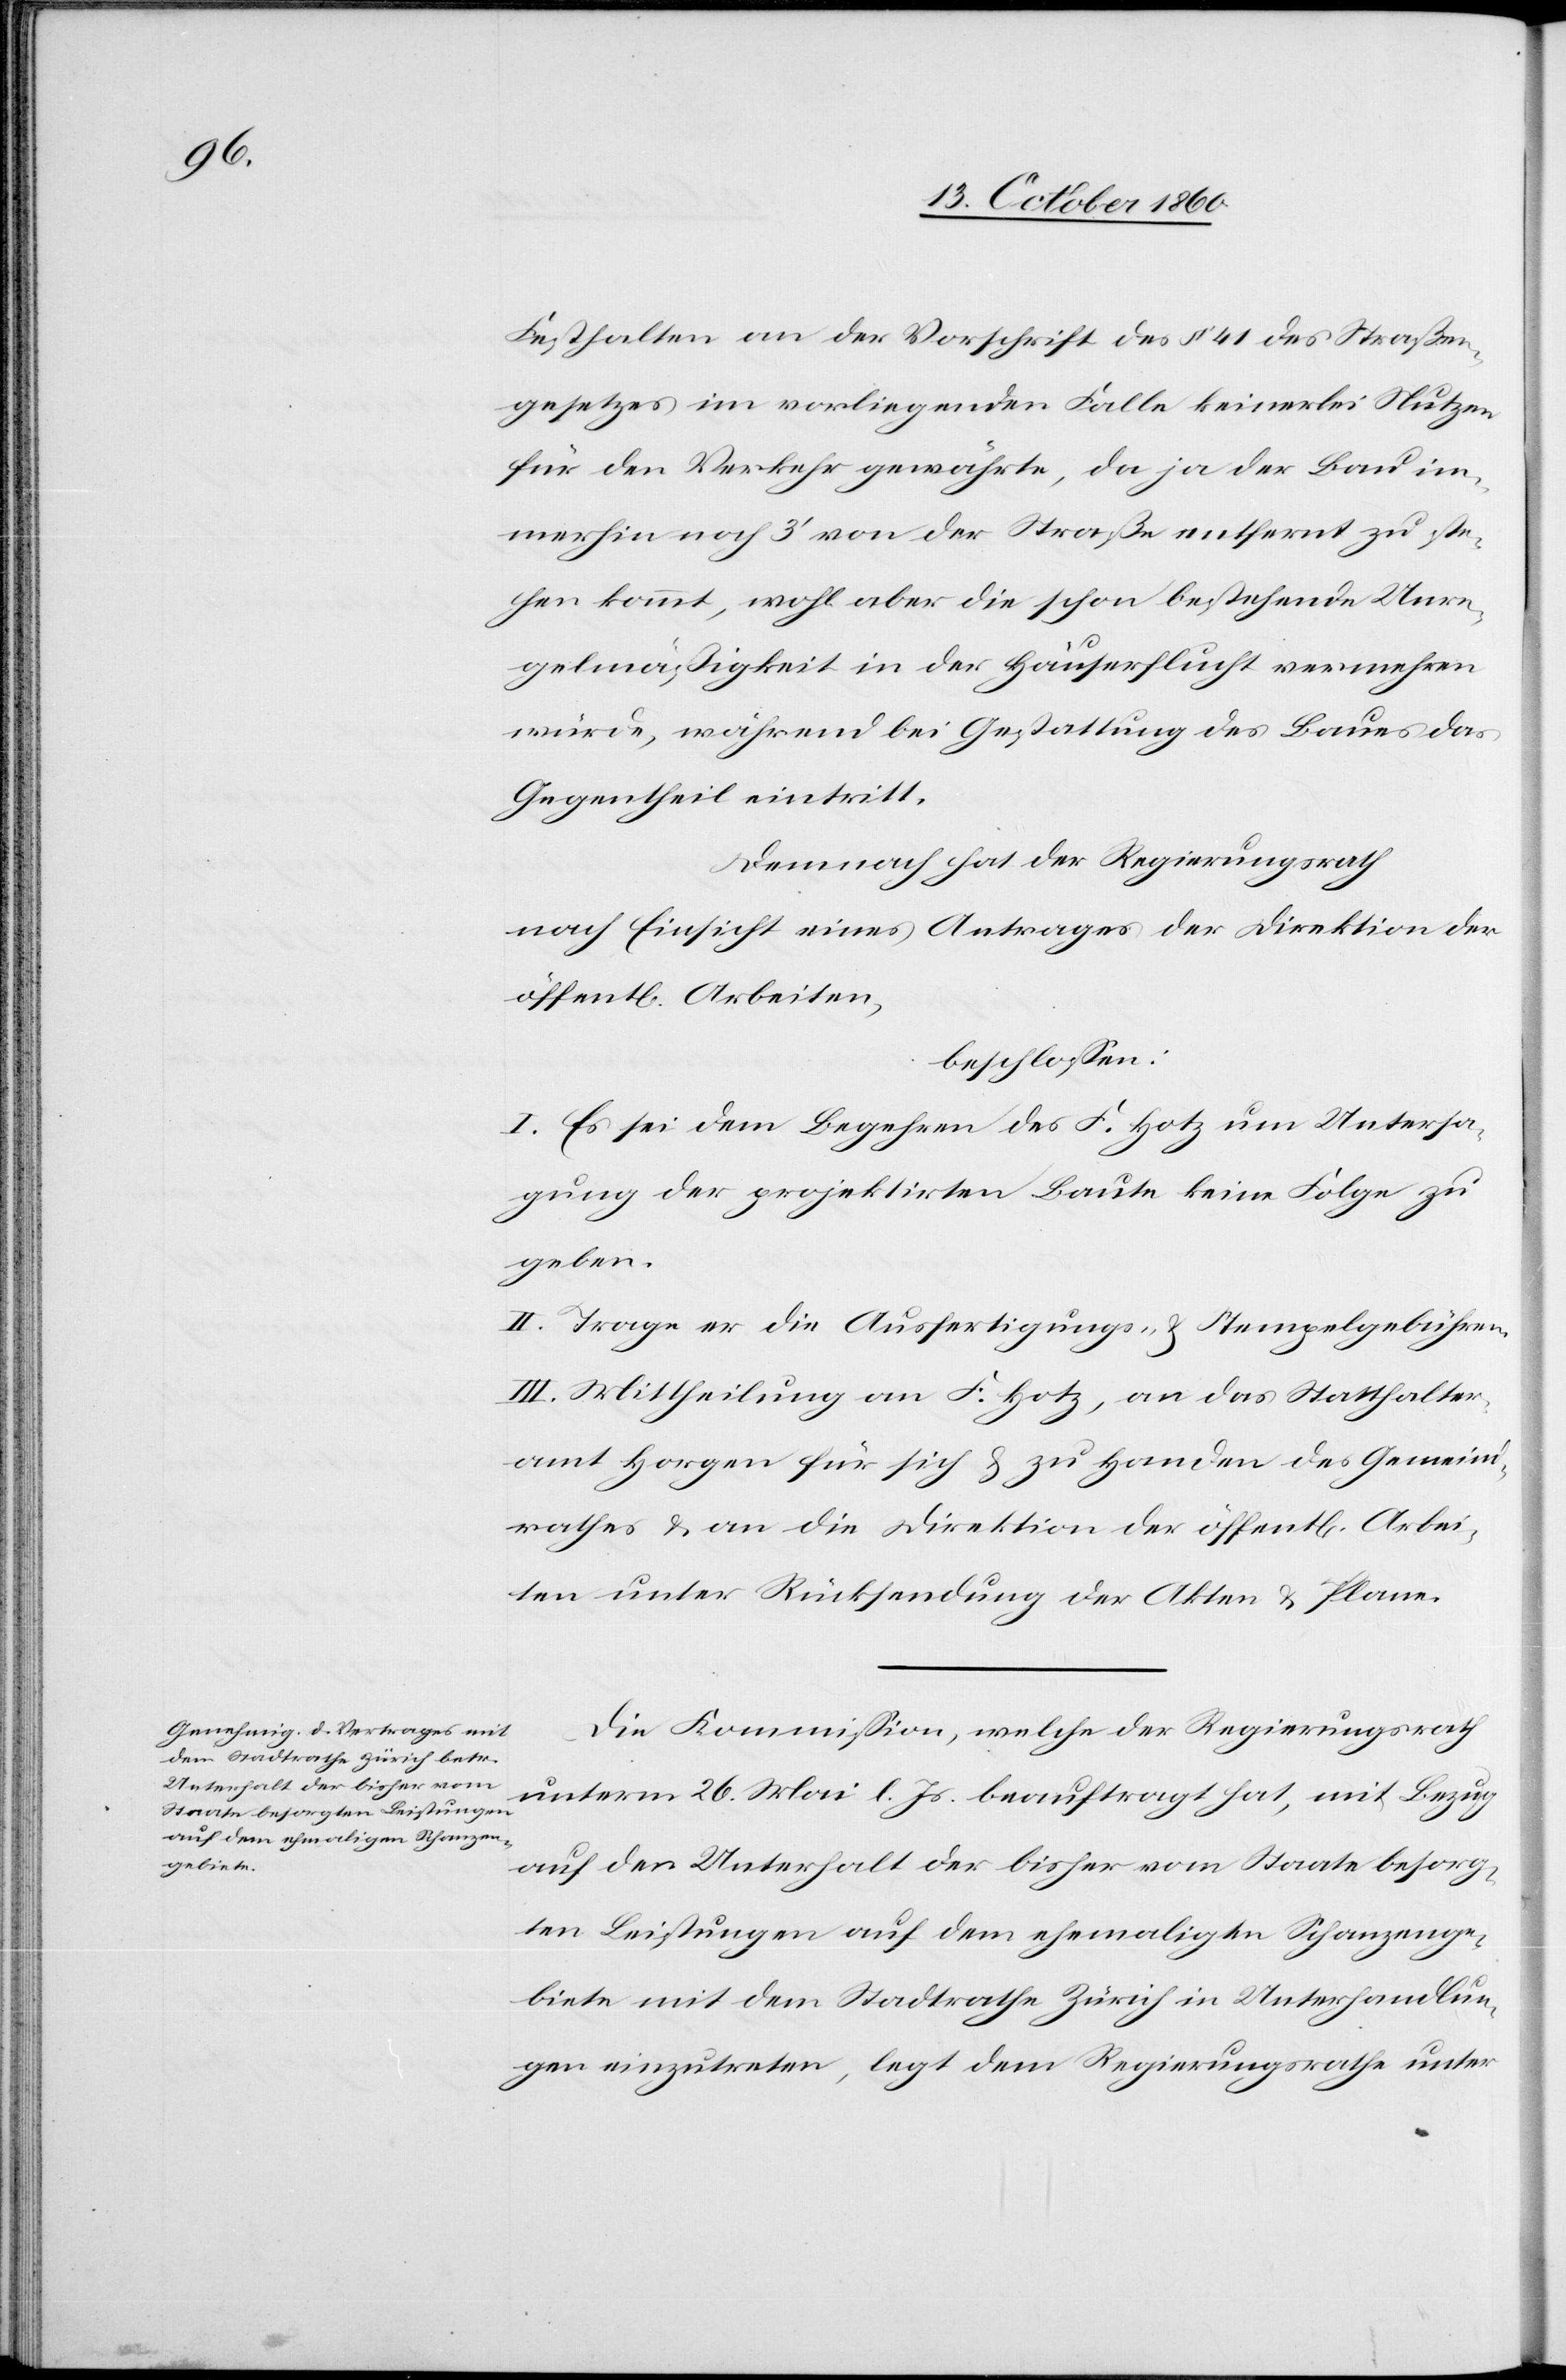
Festhalten an der Vorschrift des § 41 des Straßen¬
gesetzes im vorliegenden Falle keinerlei Nutzen
für den Verkehr gewährte, da ja der Bau im¬
merhin noch 3’ von der Straße entfernt zu ste¬
hen kommt, wohl aber die schon bestehende Unre¬
gelmäßigkeit in der Häuserflucht vermehren
würde, während bei Gestattung des Baues das
Gegentheil eintritt.
Demnach hat der Regierungsrath
nach Einsicht eines Antrages der Direktion der
öffent[lichen] Arbeiten,
beschlossen:
I. Es sei dem Begehren des F. Hotz um Untersa¬
gung der projektirten Baute keine Folge zu
geben.
II. Trage er die Ausfertigungs- u. Stempelgebühren.
III. Mittheilung an F. Hotz, an das Statthalter¬
amt Horgen für sich u. zu Handen des Gemeind¬
rathes u. an die Direktion der öffent[lichen] Arbei¬
ten unter Rücksendung der Akten u. Pläne.
Die Kommission, welche der Regierungsrath
unterm 26. Mai l. Js. beauftragt hat, mit Bezug
auf den Unterhalt der bisher vom Staate besorg¬
ten Leistungen auf dem ehemaligen Schanzenge¬
biete mit dem Stadtrathe Zürich in Unterhandlun¬
gen einzutreten, legt dem Regierungsrathe unter